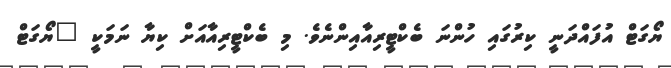
ޔޯގަޓް އުފައްދަނީ ކިރުގައި ހުންނަ ބެކްޓީރިއާއިންނެވެ. މި ބެކްޓީރިއާއަށް ކިޔާ ނަމަކީ "ޔޯގަޓް